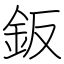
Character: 鈑